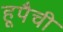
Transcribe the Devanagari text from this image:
हूपैची